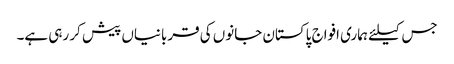
جس کیلئے ہماری افواج پاکستان جانوں کی قربانیاں پیش کر رہی ہے۔